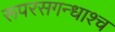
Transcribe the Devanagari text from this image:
रूपरसगन्धाश्च